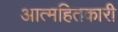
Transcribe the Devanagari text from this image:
आत्महितकारी